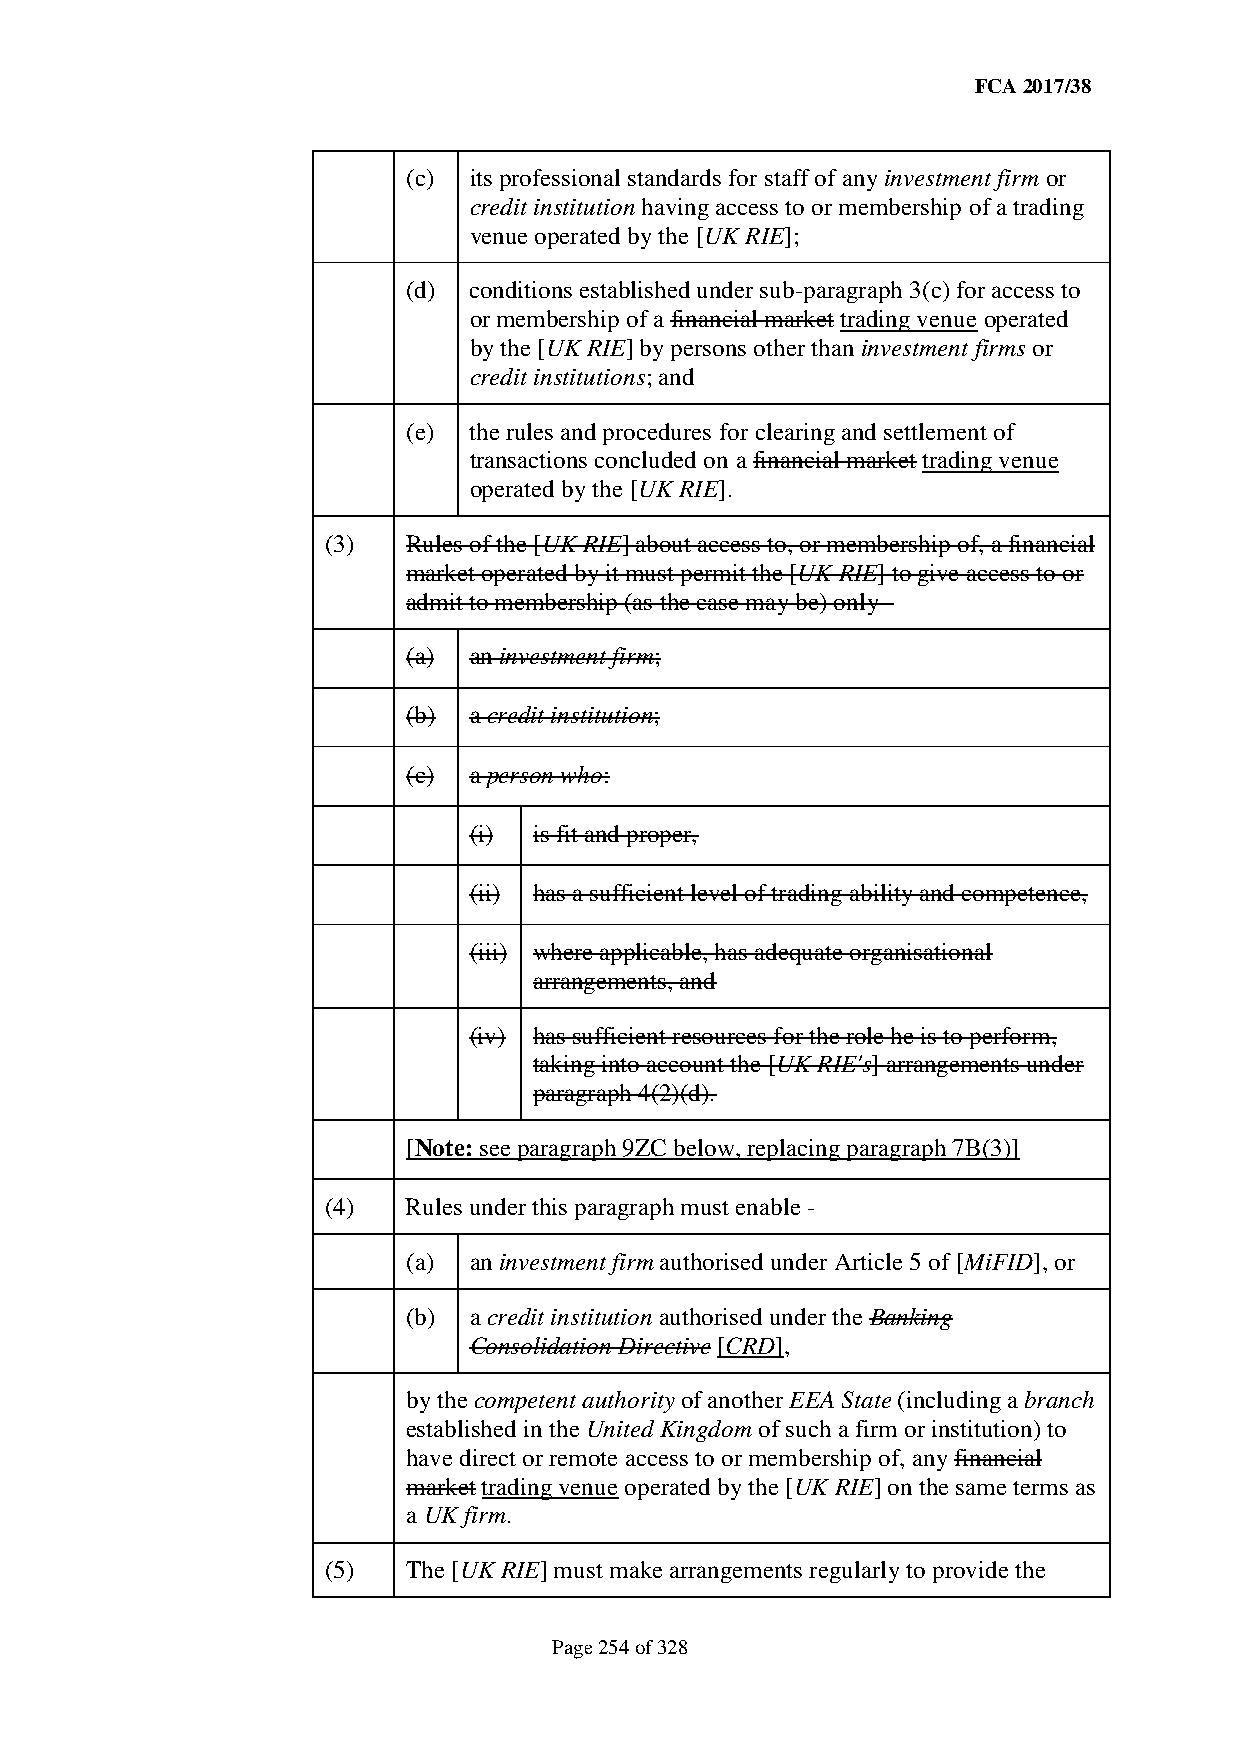
FCA 2017/38
 (c) its professional standards for staff of any investment firm or
 credit institution having access to or membership of a trading
 venue operated by the [UK RIE];
 (d) conditions established under sub-paragraph 3(c) for access to
 or membership of a financial market trading venue operated
 by the [UK RIE] by persons other than investment firms or
 credit institutions; and
 (e) the rules and procedures for clearing and settlement of
 transactions concluded on a financial market trading venue
 operated by the [UK RIE].
 (3)  Rules of the [UK RIE] about access to, or membership of, a financial
 market operated by it must permit the [UK RIE] to give access to or
 admit to membership (as the case may be) only -
 (a) an investment firm;
 (b) a credit institution;
 (c) a person who:
 (i) is fit and proper,
 (ii) has a sufficient level of trading ability and competence,
 (iii) where applicable, has adequate organisational
 arrangements, and
 (iv) has sufficient resources for the role he is to perform,
 taking into account the [UK RIE's] arrangements under
 paragraph 4(2)(d).
 [Note: see paragraph 9ZC below, replacing paragraph 7B(3)]
 (4)  Rules under this paragraph must enable -
 (a) an investment firm authorised under Article 5 of [MiFID], or
 (b) a credit institution authorised under the Banking
 Consolidation Directive [CRD],
 by the competent authority of another EEA State (including a branch
 established in the United Kingdom of such a firm or institution) to
 have direct or remote access to or membership of, any financial
 market trading venue operated by the [UK RIE] on the same terms as
 a UK firm.
 (5)  The [UK RIE] must make arrangements regularly to provide the
 Page 254 of 328